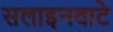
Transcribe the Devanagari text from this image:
सलाइनवाटे